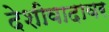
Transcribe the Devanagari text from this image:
देशीवादावर